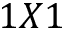
1 X 1